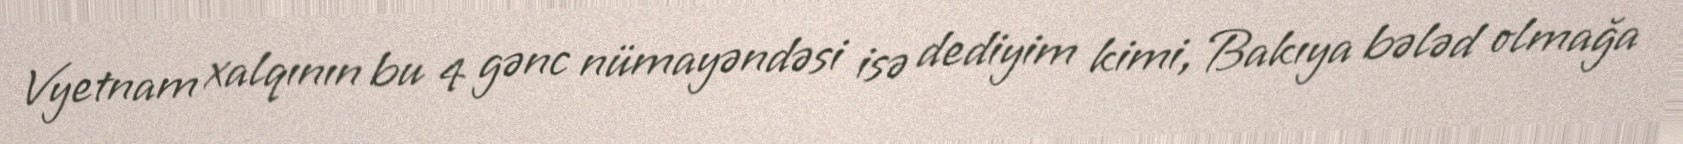
Vyetnam xalqının bu 4 gənc nümayəndəsi isə dediyim kimi, Bakıya bələd olmağa